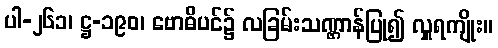
ပါ-၂၆၁၊ ဋ္ဌ-၁၉၀၊ ဗောဓိပင်၌ လခြမ်းသဏ္ဌာန်ပြု၍ လှူရကျိုး။